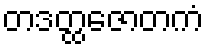
တဒတ္ထဇောတကံ